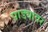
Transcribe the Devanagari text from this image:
पाड्यावर